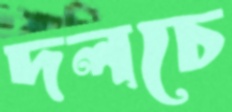
দলচে